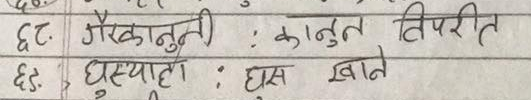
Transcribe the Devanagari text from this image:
६२. गैरकानुनी : कानुन विपरीत
६३. घुसखोर : घास खाने